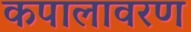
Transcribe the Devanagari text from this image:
कपालावरण